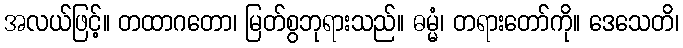
အလယ်ဖြင့်။ တထာဂတော၊ မြတ်စွဘုရားသည်။ ဓမ္မံ၊ တရားတော်ကို။ ဒေသေတိ၊